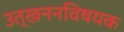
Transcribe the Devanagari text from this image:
उत्खननविषयक